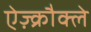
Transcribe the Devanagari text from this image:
ऐज़्क्रौक्ले